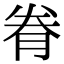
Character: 𮌐